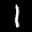
Label: 1